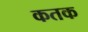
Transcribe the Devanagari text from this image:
कतक